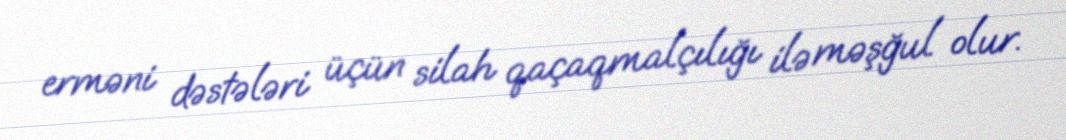
erməni dəstələri üçün silah qaçaqmalçılığı ilə məşğul olur.